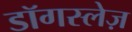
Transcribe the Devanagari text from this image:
डॉगस्लेज़